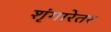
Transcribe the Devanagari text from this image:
शृंगारेतर